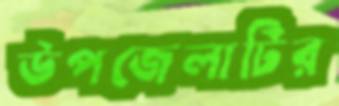
উপজেলাটির